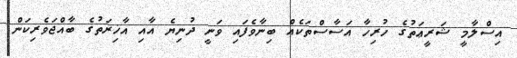
އިސްލާމީ ޝަރީޢަތުގެ ހުރިހާ އަސާސްތަކެއް ބިނާވެފައި ވަނީ ދުނިޔެ އާއި އާޚިރަތުގެ ބާއްޖަވެރިކަން